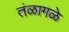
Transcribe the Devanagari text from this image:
तंळागळे